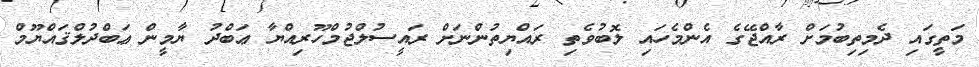
މަތީގައި ދެމިތިބުމަށް ރާއްޖޭގެ އެންމެހައި ލޮބުވެތި ރައްޔިތުންނަށް ރައީސުލްޖުމްހޫރިއްޔާ ޢަބްދު ޔާމީން ޢަބްދުލްޤައްޔޫމް